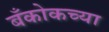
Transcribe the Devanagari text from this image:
बँकोकच्या